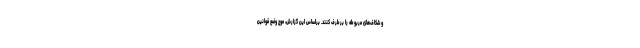
و شکاف‌های مربوطه را برطرف کنند. براساس این گزارش، موج وضع قوانین